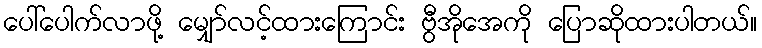
ပေါ်ပေါက်လာဖို့ မျှော်လင့်ထားကြောင်း ဗွီအိုအေကို ပြောဆိုထားပါတယ်။